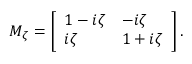
M _ { \zeta } = \left[ \begin{array} { l l } { 1 - i \zeta } & { - i \zeta } \\ { i \zeta } & { 1 + i \zeta } \end{array} \right] .